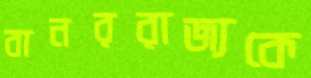
বানররাজ্যকে